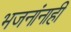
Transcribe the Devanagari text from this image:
भजनांनाही